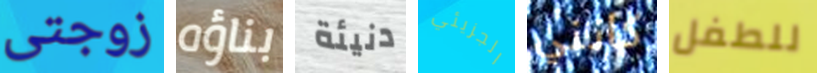
زوجتى بناؤه دنيئة الجزيئي كانني للطفل